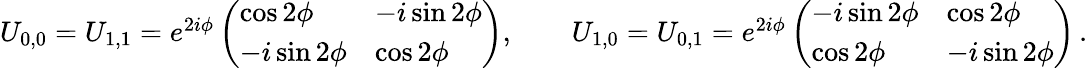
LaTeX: \begin{array}{r}{U_{0,0}=U_{1,1}=e^{2i\phi}\left(\begin{array}{ll}{\cos 2\phi}&{-i\sin 2\phi}\\ {-i\sin 2\phi}&{\cos 2\phi}\end{array}\right),\qquad U_{1,0}=U_{0,1}=e^{2i\phi}\left(\begin{array}{ll}{-i\sin 2\phi}&{\cos 2\phi}\\ {\cos 2\phi}&{-i\sin 2\phi}\end{array}\right)\, .}\end{array}